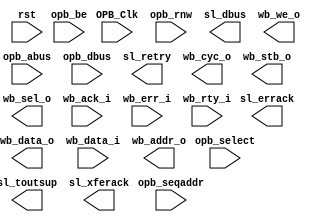
/////////////////////////////////////////////////////////////////////
////                                                             ////
////  OPB to WISHBONE interface wrapper                          ////
////                                                             ////
////                                                             ////
////          rudi@asics.ws                                      ////
////                                                             ////
////                                                             ////
////  Proprietary and Confidential Information of                ////
////  ASICS World Services, LTD                                  ////
////                                                             ////
/////////////////////////////////////////////////////////////////////
////                                                             ////
//// Copyright (C) 2000-2004 ASICS World Services, LTD.          ////
////                         www.asics.ws                        ////
////                         info@asics.ws                       ////
////                                                             ////
//// This software is provided under license and contains        ////
//// proprietary and confidential material which are the         ////
//// property of ASICS World Services, LTD.                      ////
////                                                             ////
////     THIS SOFTWARE IS PROVIDED ``AS IS'' AND WITHOUT ANY     ////
//// EXPRESS OR IMPLIED WARRANTIES, INCLUDING, BUT NOT LIMITED   ////
//// TO, THE IMPLIED WARRANTIES OF MERCHANTABILITY AND FITNESS   ////
//// FOR A PARTICULAR PURPOSE. IN NO EVENT SHALL THE AUTHOR      ////
//// OR CONTRIBUTORS BE LIABLE FOR ANY DIRECT, INDIRECT,         ////
//// INCIDENTAL, SPECIAL, EXEMPLARY, OR CONSEQUENTIAL DAMAGES    ////
//// (INCLUDING, BUT NOT LIMITED TO, PROCUREMENT OF SUBSTITUTE   ////
//// GOODS OR SERVICES; LOSS OF USE, DATA, OR PROFITS; OR        ////
//// BUSINESS INTERRUPTION) HOWEVER CAUSED AND ON ANY THEORY OF  ////
//// LIABILITY, WHETHER IN  CONTRACT, STRICT LIABILITY, OR TORT  ////
//// (INCLUDING NEGLIGENCE OR OTHERWISE) ARISING IN ANY WAY OUT  ////
//// OF THE USE OF THIS SOFTWARE, EVEN IF ADVISED OF THE         ////
//// POSSIBILITY OF SUCH DAMAGE.                                 ////
////                                                             ////
/////////////////////////////////////////////////////////////////////

//  $Id:        $

module opb2wb(	OPB_Clk, rst, 

		// OPB Slave Interface (Connect to OPB Master)
		opb_abus, opb_be, opb_dbus, opb_rnw, opb_select, opb_seqaddr,
		sl_dbus, sl_errack, sl_retry, sl_toutsup, sl_xferack,

		// WISHBONE Master Interface (Connect to WB Slave)
		wb_data_o, wb_data_i, wb_addr_o,
		wb_cyc_o, wb_stb_o, wb_sel_o, wb_we_o, wb_ack_i, wb_err_i, wb_rty_i
	);

////////////////////////////////////////////////////////////////////
//
// Parameter
//

parameter	C_BASEADDR	= 32'h8000_0000,
		C_HIGHADDR	= 32'h8000_00ff;

////////////////////////////////////////////////////////////////////
//
// Inputs & Outputs
//

// --------------------------------------
// System IO
input				OPB_Clk;
input				rst;

// --------------------------------------
// OPB Slave Interface (Connect to OPB Master)
input	[31:0]		opb_abus;
input	[3:0]		opb_be;
input	[31:0]		opb_dbus;
input			opb_rnw;
input			opb_select;
input			opb_seqaddr;

output	[31:0]		sl_dbus;
output			sl_errack;
output			sl_retry;
output			sl_toutsup;
output			sl_xferack;

// --------------------------------------
// WISHBONE Master Interface (Connect to WB Slave)
output	[31:0]		wb_data_o;
input	[31:0]		wb_data_i;
output	[31:0]		wb_addr_o;
output			wb_cyc_o, wb_stb_o;
output	[3:0]		wb_sel_o;
output			wb_we_o;
input			wb_ack_i, wb_err_i, wb_rty_i;

endmodule